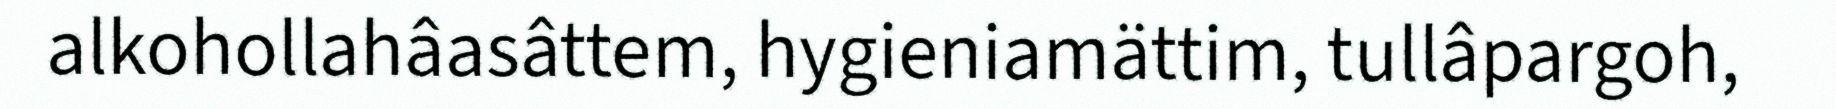
alkohollahâasâttem, hygieniamättim, tullâpargoh,